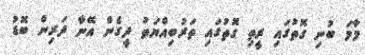
މާމަ ބުނި ގޮތުގައި ރީތި ގޮތުގައި ތަރުބިއްޔަތު ދީގެން އޭނާ ދަރިން ބޮޑު